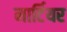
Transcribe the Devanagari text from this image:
मार्टियर